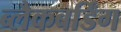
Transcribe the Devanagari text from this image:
ब्लैकबर्डिंग